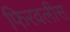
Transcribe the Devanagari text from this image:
फिरवलीस